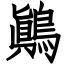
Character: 鷆